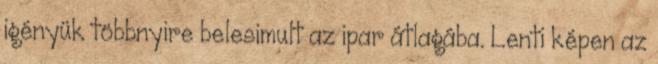
igényük többnyire belesimult az ipar átlagába. Lenti képen az